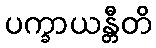
ပက္ခာယန္တီတိ